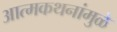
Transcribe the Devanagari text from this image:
आत्मकथनांमुळे